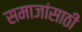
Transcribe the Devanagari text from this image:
समाजांसाठी